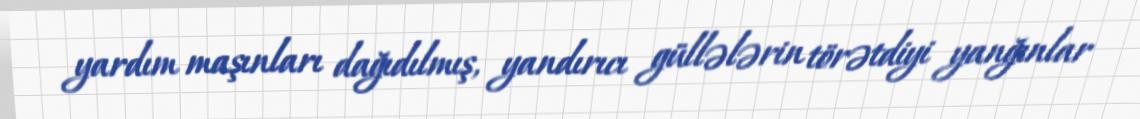
yardım maşınları dağıdılmış, yandırıcı güllələrin törətdiyi yanğınlar